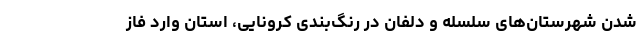
شدن شهرستان‌های سلسله و دلفان در رنگ‌بندی کرونایی، استان وارد فاز